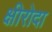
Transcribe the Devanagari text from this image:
क्षीरोदा